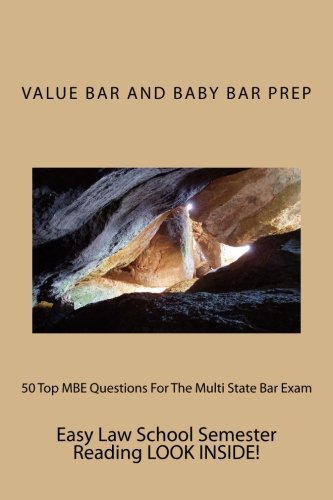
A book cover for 50 Top MBE Questions For The Multi State Bar Exam: The 50 Top MBE Questions Most Likely To Prepare You For The Bar.; Value Bar and Baby Bar Prep; Test Preparation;